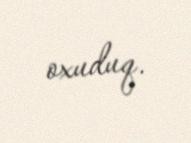
oxuduq.